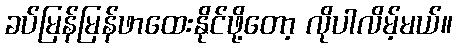
ခပ်မြန်မြန်ဖာထေးနိုင်ဖို့တော့ လိုပါလိမ့်မယ်။